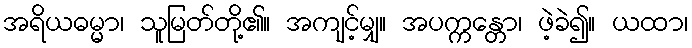
အရိယဓမ္မာ၊ သူမြတ်တို့၏။ အကျင့်မျှ။ အပက္ကန္တော၊ ဖဲ့ခဲ၍။ ယထာ၊